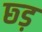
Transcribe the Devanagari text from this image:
छ्ड़